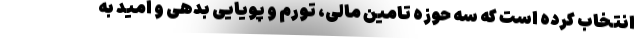
انتخاب کرده است که سه حوزه تامین مالی، تورم و پویایی بدهی و امید به